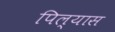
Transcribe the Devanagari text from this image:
पिल्यास